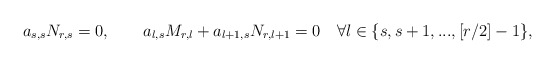
\begin{align*}a_{s,s}N_{r,s}=0,\quad\quad a_{l,s}M_{r,l}+a_{l+1,s}N_{r,l+1}=0\quad\forall l\in\{s,s+1,...,[r/2]-1\},\end{align*}